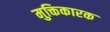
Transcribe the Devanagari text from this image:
मुक्तिकारक